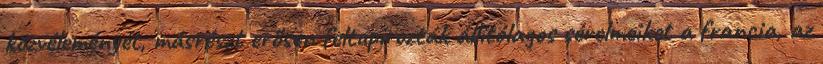
közvélemé­nyét, másrészt erősen feltupírozták állítólagos sérelmeiket a francia, az